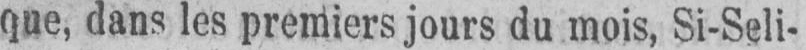
que, dans les premiers jours du mois, Si-Seli-